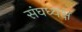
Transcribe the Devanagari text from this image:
संघध्यक्ष